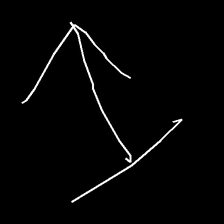
Glyph: levitation